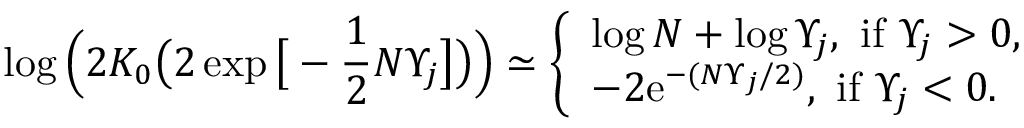
\log \Big ( 2 K _ { 0 } \big ( 2 \exp \big [ - \frac { 1 } { 2 } N \Upsilon _ { j } \big ] \big ) \Big ) \simeq \left\{ \begin{array} { l l } { \log N + \log \Upsilon _ { j } , \, \, \mathrm { i f } \, \, \Upsilon _ { j } > 0 , } \\ { - 2 \mathrm { e } ^ { - ( N \Upsilon _ { j } / 2 ) } , \, \, \mathrm { i f } \, \, \Upsilon _ { j } < 0 . } \end{array} \right.